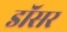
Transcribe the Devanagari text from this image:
डॉसर